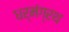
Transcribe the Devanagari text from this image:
धर्मंग्रथ